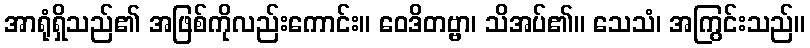
အာရုံရှိသည်၏ အဖြစ်ကိုလည်းကောင်း။ ဝေဒိတဗ္ဗာ၊ သိအပ်၏။ သေသံ၊ အကြွင်းသည်။